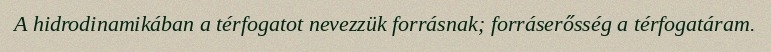
A hidrodinamikában a térfogatot nevezzük forrásnak; forráserősség a térfogatáram.